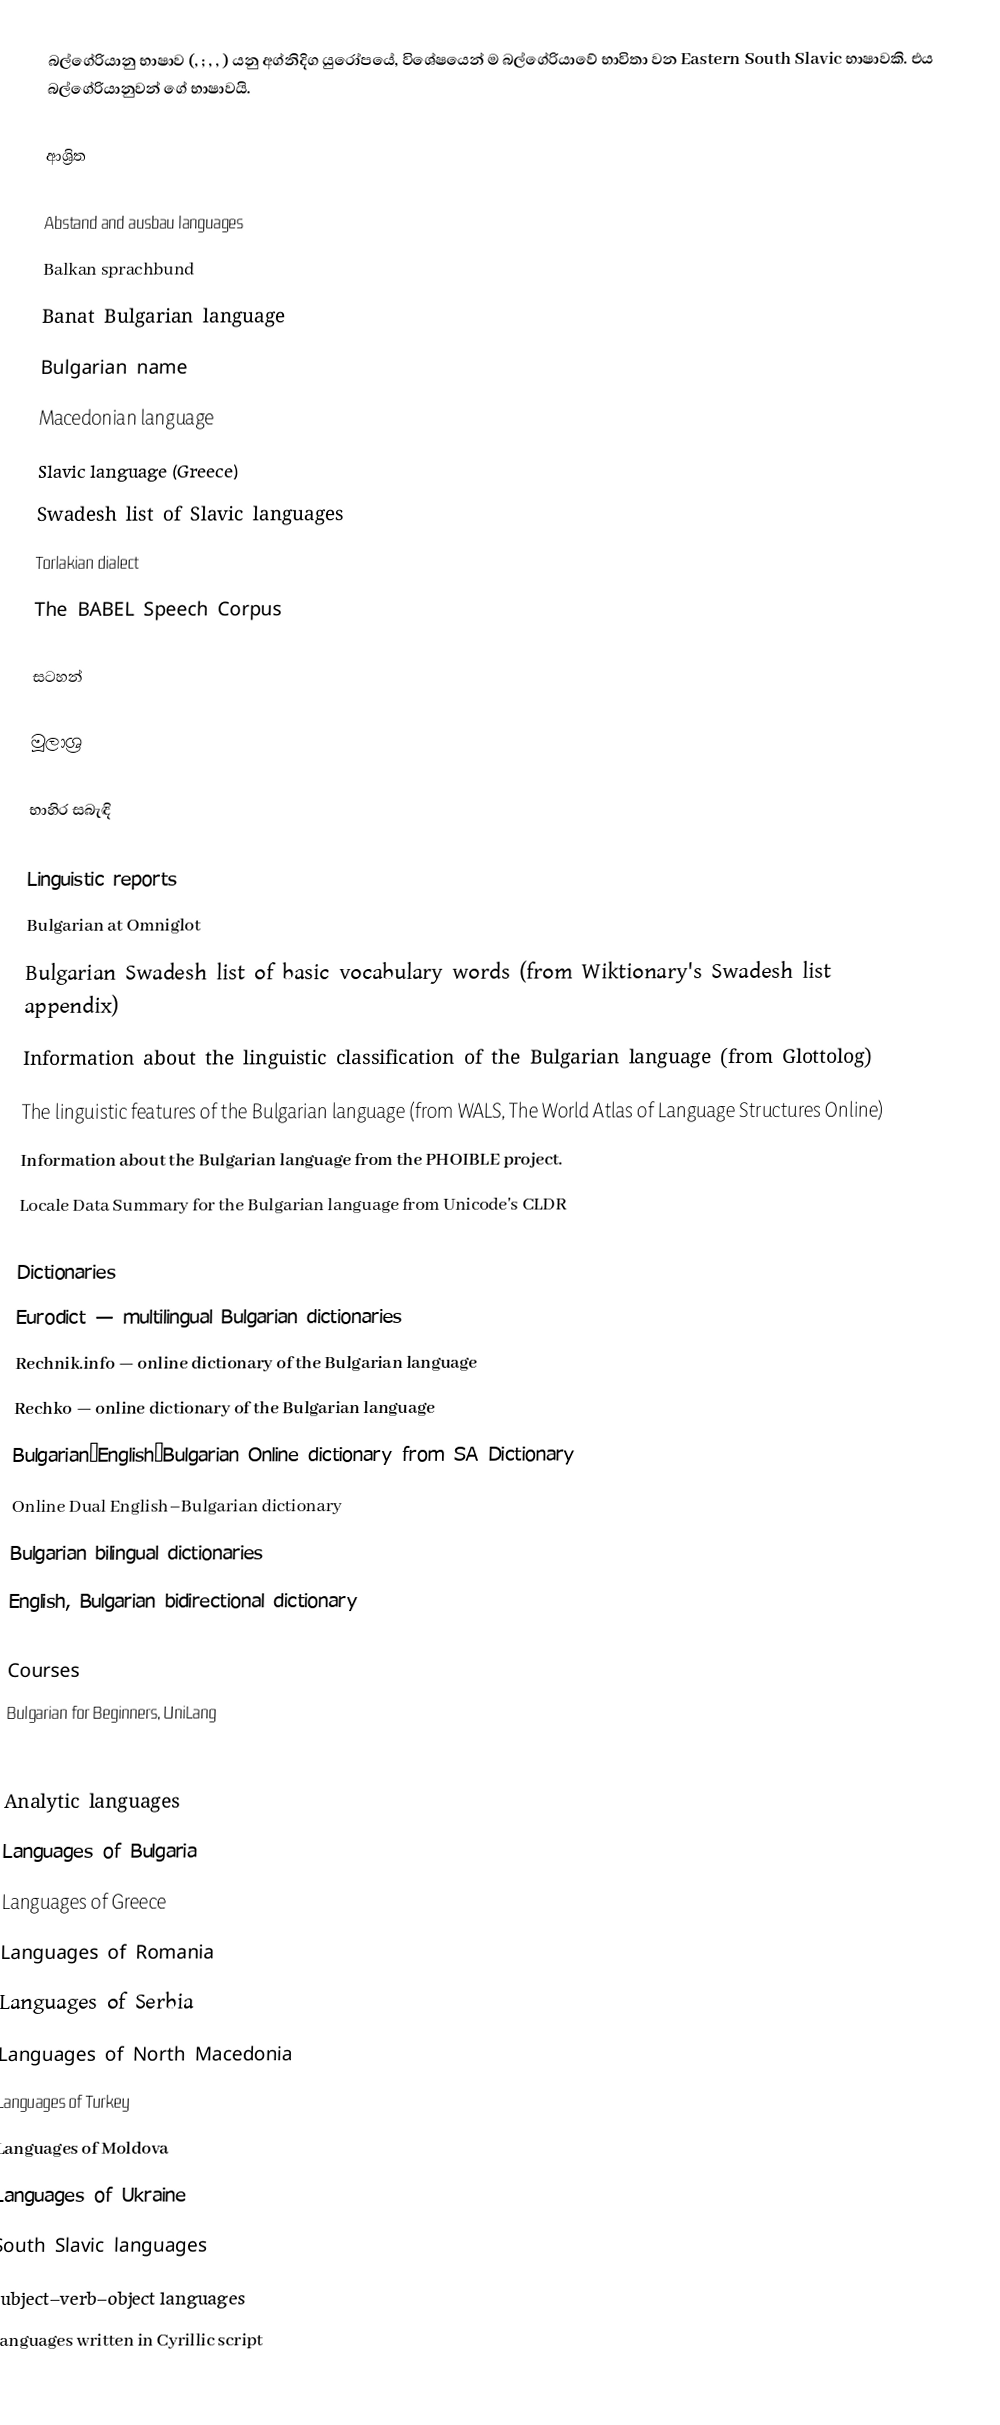
බල්ගේරියානු භාෂාව (,  ; , , ) යනු අග්නිදිග යුරෝපයේ, විශේෂයෙන් ම බල්ගේරියාවේ භාවිතා වන Eastern South Slavic භාෂාවකි. එය බල්ගේරියානුවන් ගේ භාෂාවයි.

ආශ්‍රිත

Abstand and ausbau languages
Balkan sprachbund
Banat Bulgarian language
Bulgarian name
Macedonian language
Slavic language (Greece)
Swadesh list of Slavic languages
Torlakian dialect
The BABEL Speech Corpus

සටහන්

මූලාශ්‍ර

භාහිර සබැඳි

Linguistic reports
Bulgarian at Omniglot
Bulgarian Swadesh list of basic vocabulary words (from Wiktionary's Swadesh list appendix)
Information about the linguistic classification of the Bulgarian language (from Glottolog)
The linguistic features of the Bulgarian language (from WALS, The World Atlas of Language Structures Online)
Information about the Bulgarian language from the PHOIBLE project.
Locale Data Summary for the Bulgarian language from Unicode's CLDR

Dictionaries
Eurodict — multilingual Bulgarian dictionaries
Rechnik.info — online dictionary of the Bulgarian language
Rechko — online dictionary of the Bulgarian language
Bulgarian–English–Bulgarian Online dictionary  from SA Dictionary
Online Dual English–Bulgarian dictionary
Bulgarian bilingual dictionaries
English, Bulgarian bidirectional dictionary

Courses
Bulgarian for Beginners, UniLang

Analytic languages
Languages of Bulgaria
Languages of Greece
Languages of Romania
Languages of Serbia
Languages of North Macedonia
Languages of Turkey
Languages of Moldova
Languages of Ukraine
South Slavic languages
Subject–verb–object languages
Languages written in Cyrillic script